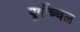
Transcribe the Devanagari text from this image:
पूर्वोच्चल